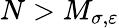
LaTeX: N>M_{\sigma,\varepsilon}